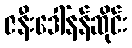
ဇနီးဒေါ်နန်ဆိုင်း